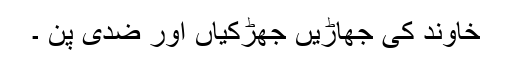
خاوند کی جھاڑیں جھڑکیاں اور ضدی پن ۔